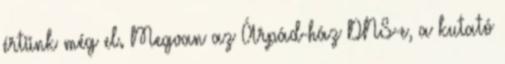
értünk még el. Megvan az Árpád-ház DNS-e, a kutató